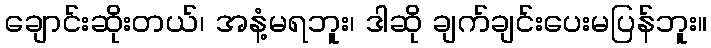
ချောင်းဆိုးတယ်၊ အနံ့မရဘူး၊ ဒါဆို ချက်ချင်းပေးမပြန်ဘူး။